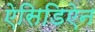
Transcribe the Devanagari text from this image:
ऐसिडिऐन